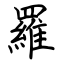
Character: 羅